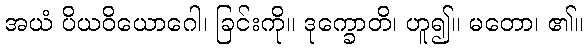
အယံ ပိယဝိယောဂေါ၊ ခြင်းကို။ ဒုက္ခောတိ၊ ဟူ၍။ မတော၊ ၏။